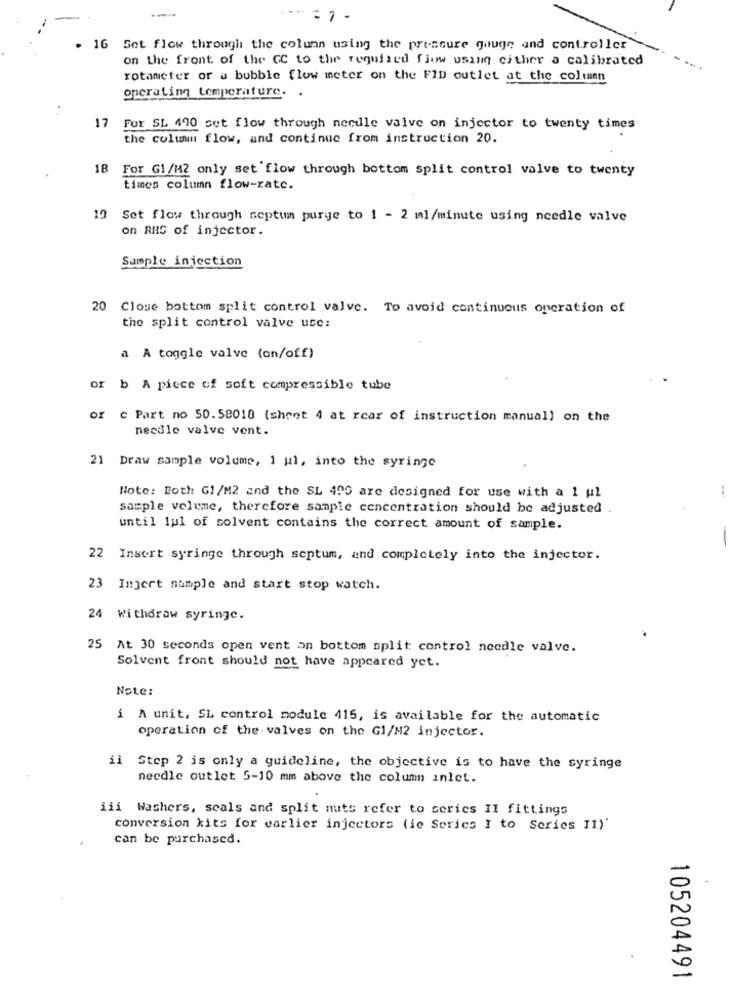
:1-
. 16 Set flow through the column using the pressure gauge and controller
on the front of the CC to the required flow using cither a calibrated
rotameter or a bubble flow meter on the FID outlet at the column
operating temperature.
17
For SL 490 set flow through needle valve on injector to twenty times
the column flow, and continue from instruction 20.
18 For G1/M2 only set 'flow through bottom split control valve to twenty
times column flow-rate.
19
Set flow through septum purge to 1 - 2 ml/minute using needle valve
on RIG of injector.
Sample injection
20 Close bottom split control valve. To avoid continuous operation of
the split control valve use:
a A toggle valve (on/off)
or b A piece of soft compressible tube
or c Part no 50.58010 (sheet 4 at rear of instruction manual) on the
necdle valve vent.
21 Draw sample volume, 1 ul, into the syringe
Note: Both Gl/M2 and the SL 490 are designed for use with a 1 ul
sample volume, therefore sample concentration should be adjusted
until lui of solvent contains the correct amount of sample.
22 Insert syringe through septum, and completely into the injector.
23 Injert sample and start stop watch.
24 Withdraw syringe.
25 At 30 seconds open vent an bottom split control needle valve.
Solvent front should not have appeared yet.
Note:
A unit, SL control module 415, is available for the automatic
operation of the- valves on the G1/M2 injector.
ii Step 2 is only a guideline, the objective is to have the syringe
needle outlet 5-10 mm above the column inlet.
iii Washers, seals and split nuits refer to series II fittings
conversion kits for earlier injectors (ie Series I to Series II)'
can be purchased.
-
5
105204491